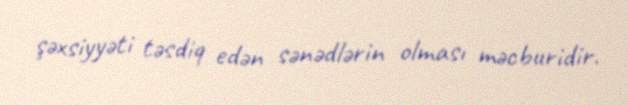
şəxsiyyəti təsdiq edən sənədlərin olması məcburidir.